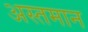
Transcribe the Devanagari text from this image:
अस्तमान